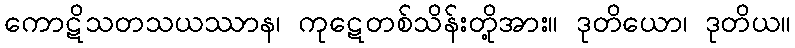
ကောဋိသတသယဿာန၊ ကုဋေတစ်သိန်းတို့အား။ ဒုတိယော၊ ဒုတိယ။